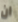
ان